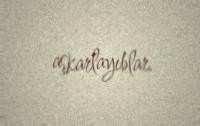
aşkarlayıblar.